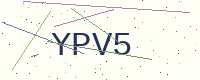
Text: YPV5